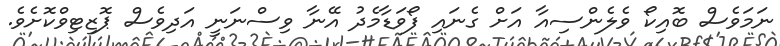
ނަމަވެސް ބޮއިކޯ ވެލެންސިއާ އަށް ގެނައި ފޯވަޑާމެދު އޭނާ ވިސްނަނީ އަދިވެސް ޕޮޒިޓިވްކޮށެވެ.